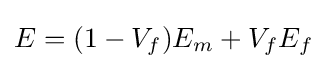
E=(1-{V_{f}}){E_{m}}+{V_{f}}{E_{f}}